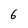
Character: 6